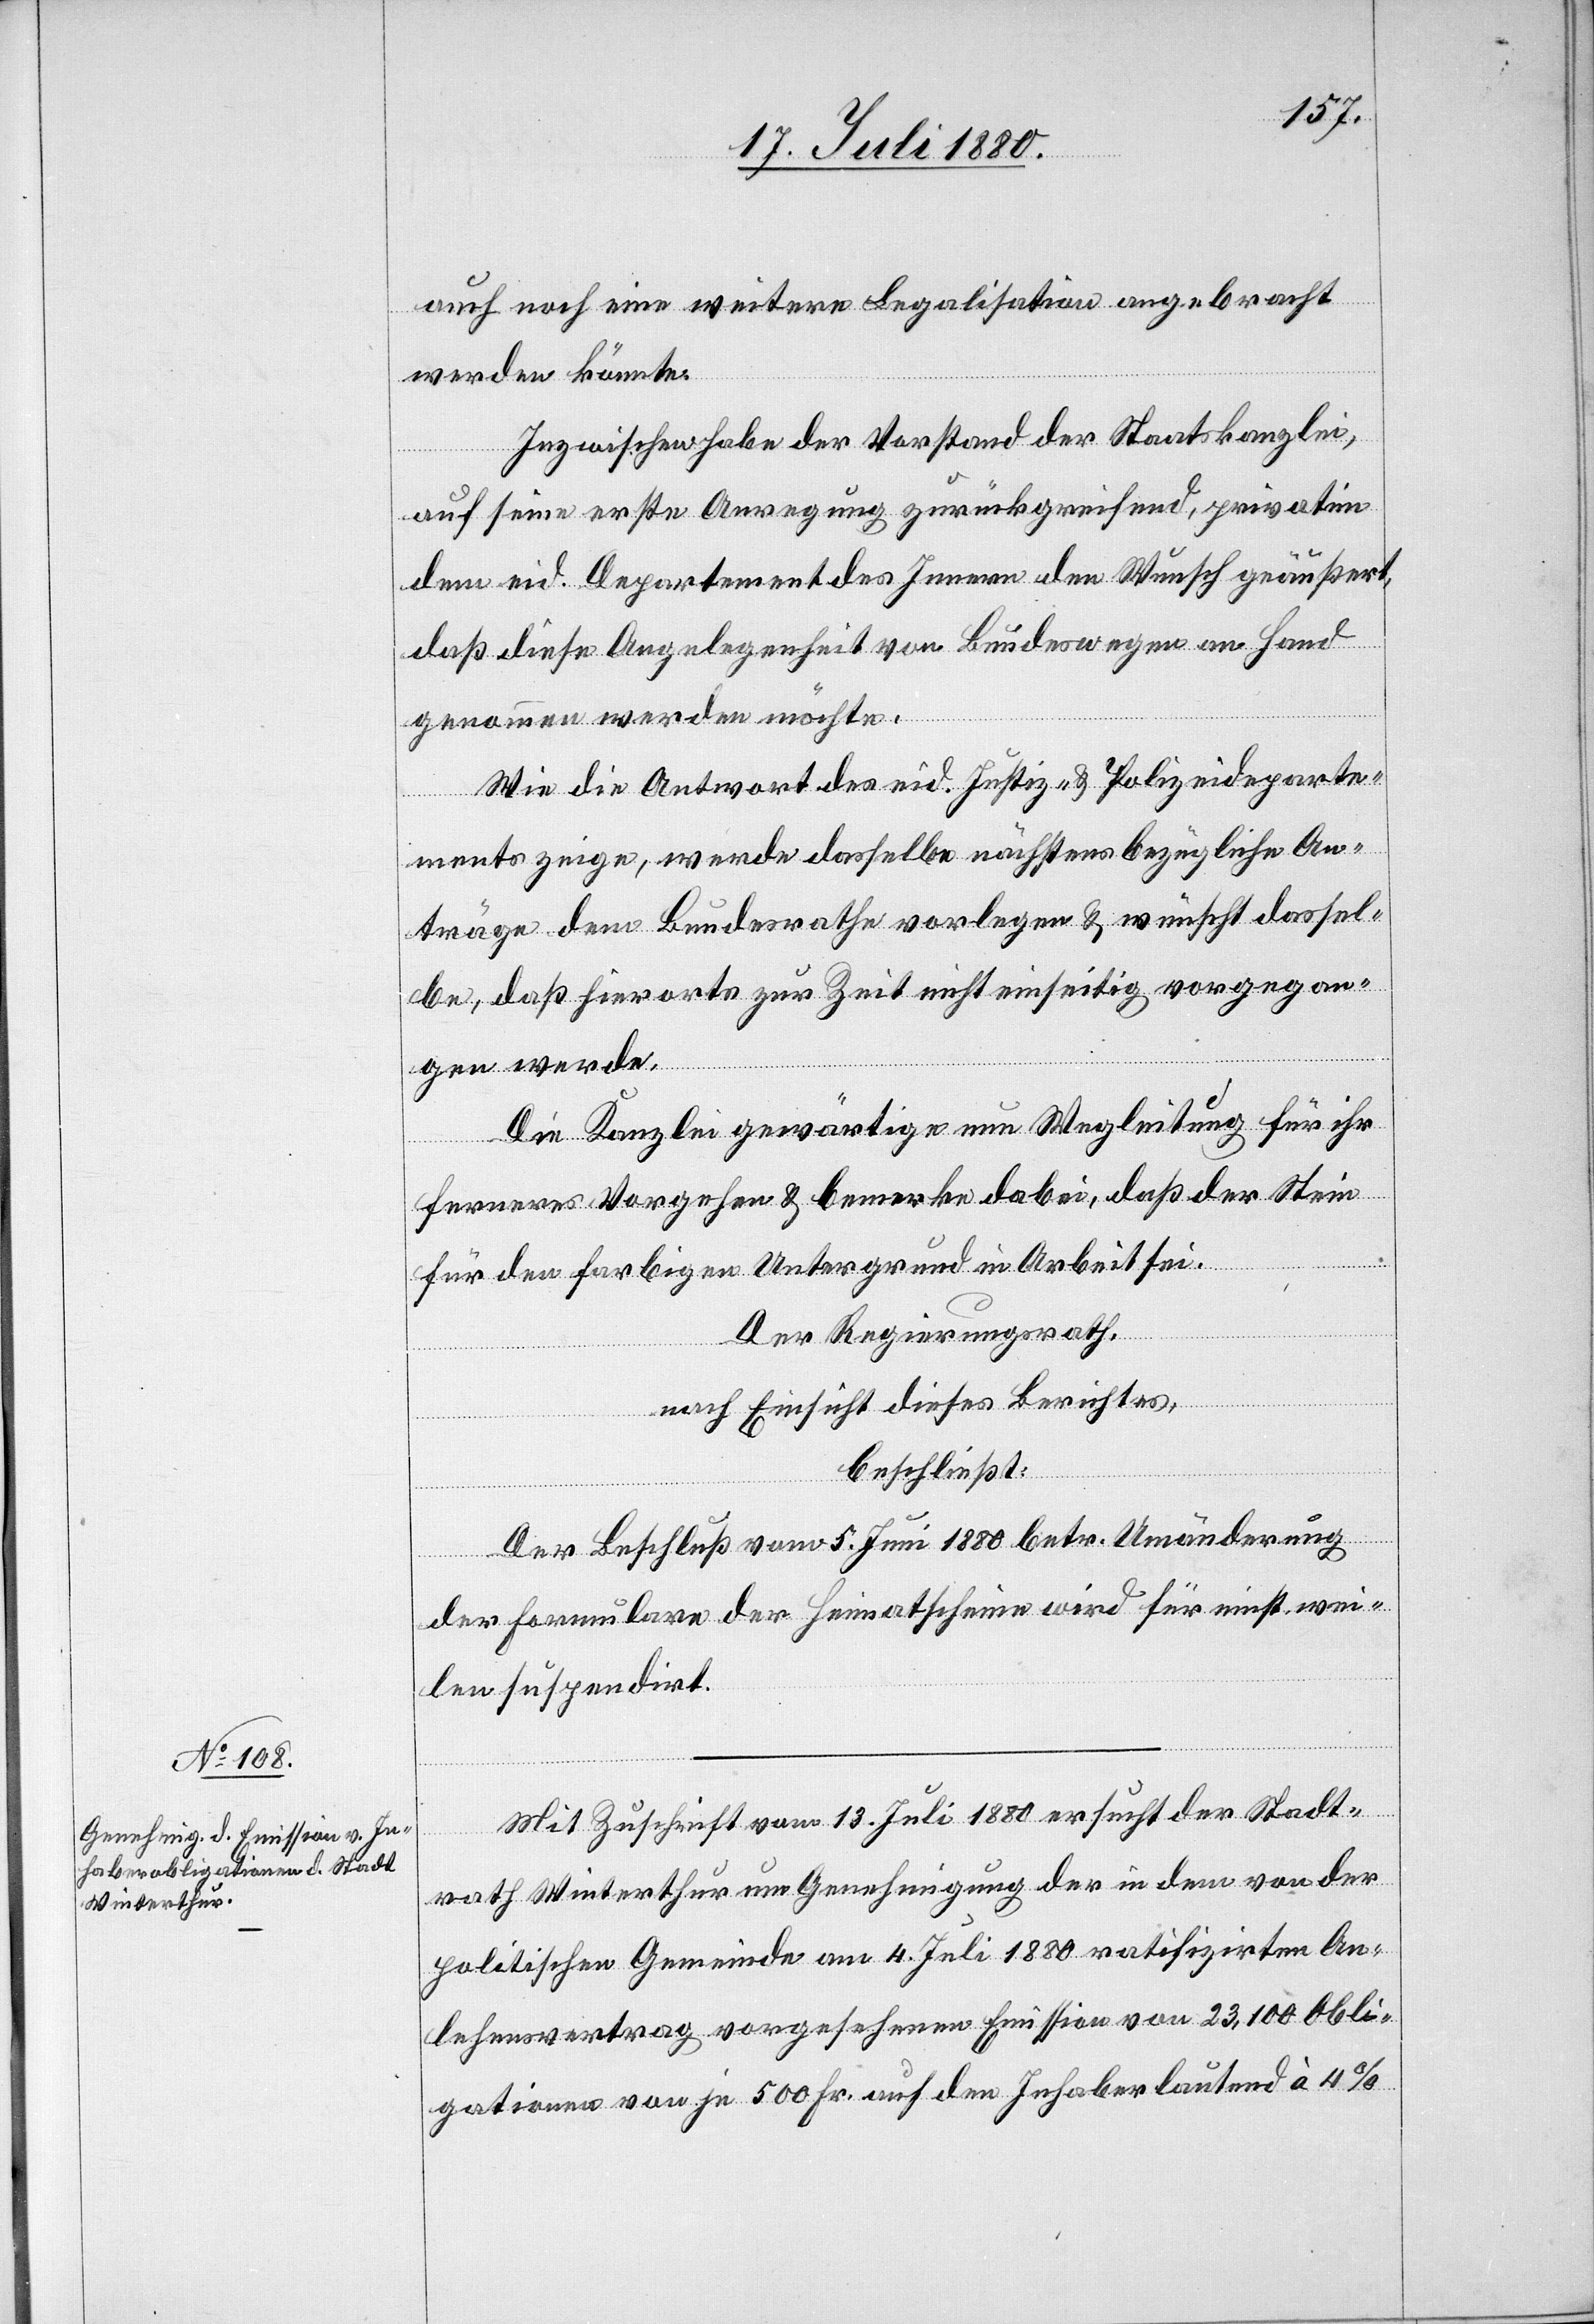
auch noch eine weitere Legalisation angebracht
werden könnte.
Inzwischen habe der Vorstand der Staatskanzlei,
auf seine erste Anregung zurückgreifend, privat in
dem eid. Departament des Innern den Wunsch geäußert,
daß diese Angelegenheit von Bundeswegen an Hand
genommen werden möchte.
Wie die Antwort des eid. Justiz- & Polizeideparte¬
ments zeige, werde dasselbe nächstens bezügliche An¬
träge dem Bundesrathe vorlegen & wünscht dassel¬
be, daß hierorts zur Zeit nicht einseitig vorgegan¬
gen werde.
Die Kanzlei gewärtige nun Wegleitung für ihr
ferneres Vorgehen & bemerke dabei, daß der Stein
für den farbigen Untergrund in Arbeit sei.
Der Regierungsrath,
nach Einsicht dieses Berichtes,
beschließt:
Der Beschluß vom 5. Juni 1880 betr. Umänderung
der Formulare der Heimatscheine wird für einst wei¬
len suspendirt.
Mit Zuschrift vom 13. Juli 1880 ersucht der Stadt¬
rath Winterthur um Genehmigung der in dem von der
politischen Gemeinde am 4. Juli 1880 ratifizirten An¬
lehensvertrag vorgesehenen Emission von 23,100 Obli¬
gationen von je 500 Fr. auf den Inhaber lautend à 4%